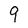
Character: 9